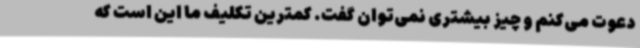
دعوت می‌کنم و چیز بیشتری نمی‌توان گفت. کمترین تکلیف ما این است که